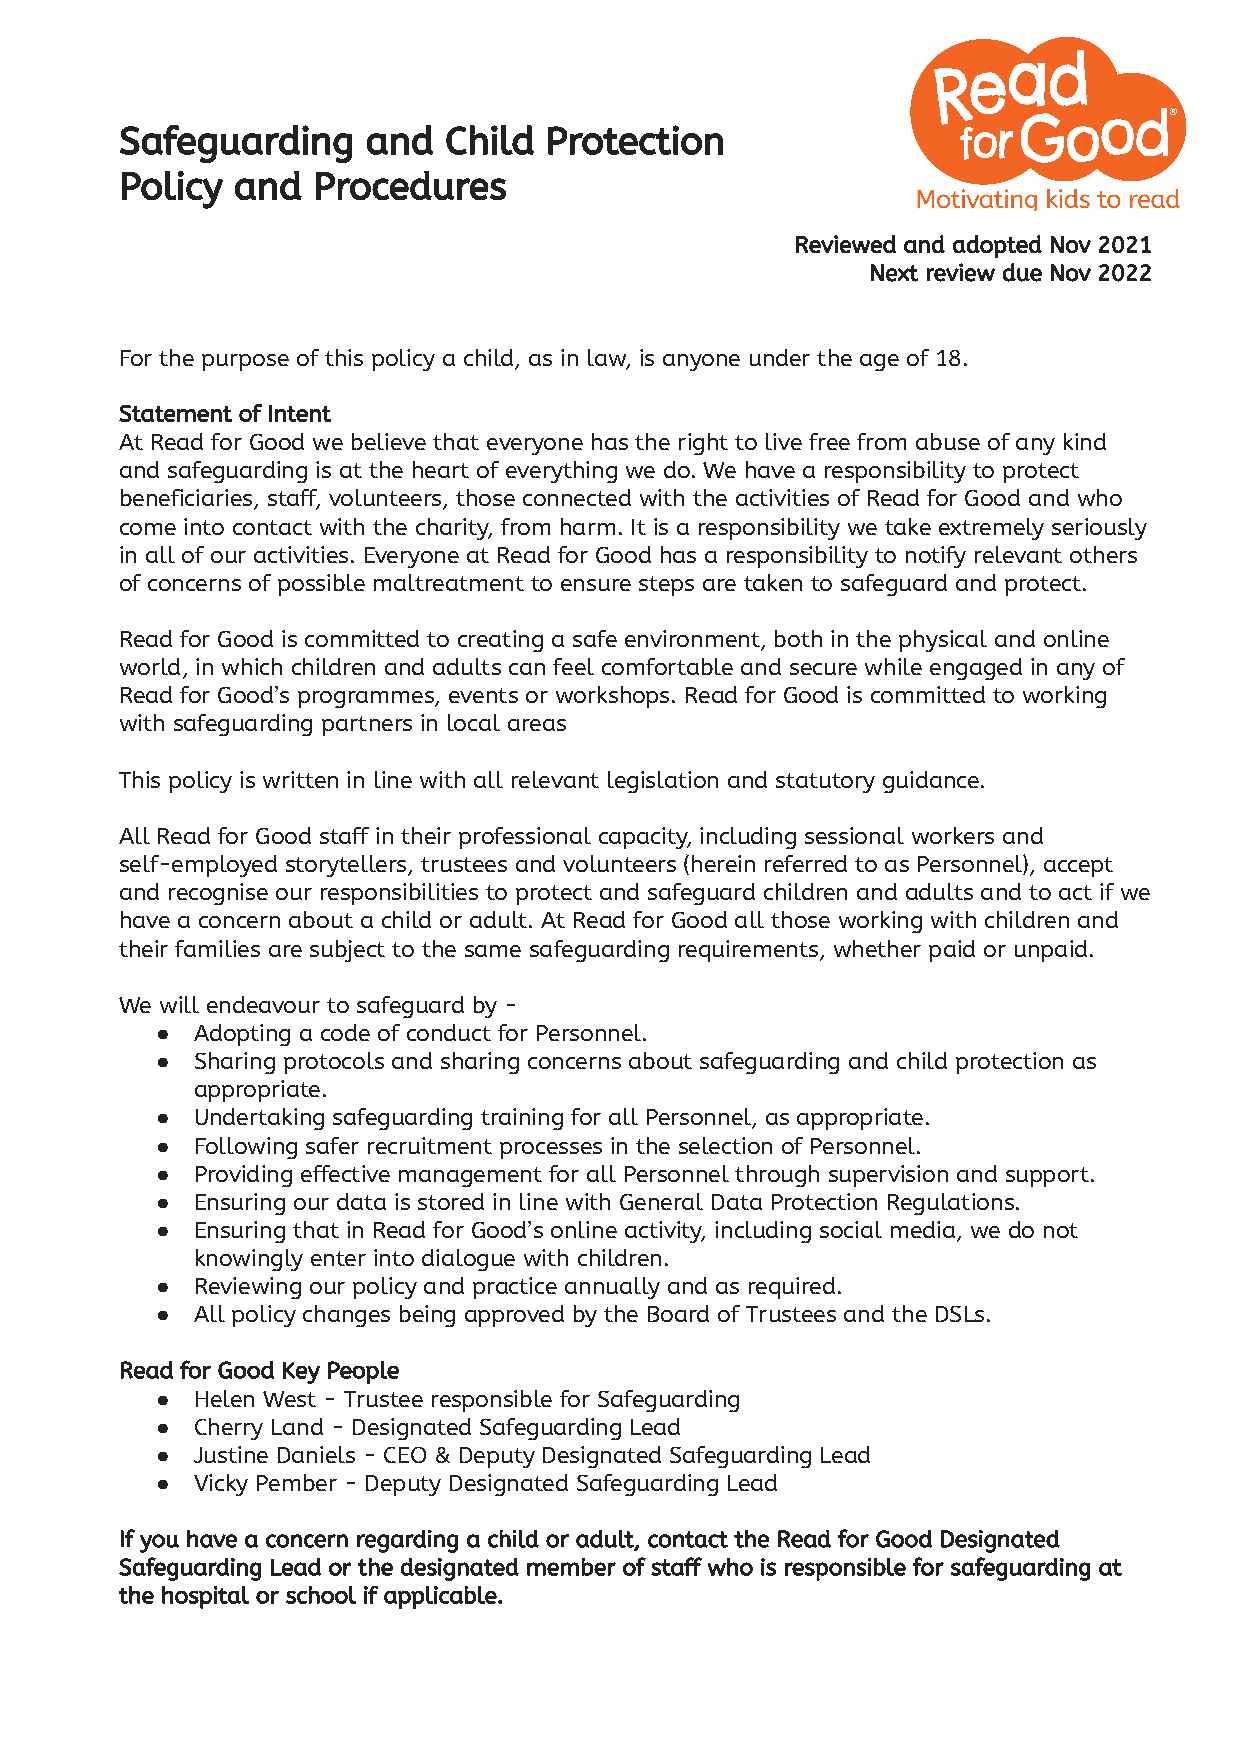
Safeguarding    and  Child  Protection
 Policy and   Procedures
 Reviewed and adopted Nov 2021
 Next review due Nov 2022
 For the purpose of this policy a child, as in law, is anyone under the age of 18.
 Statement of Intent
 At Read for Good we believe that everyone has the right to live free from abuse of any kind
 and safeguarding is at the heart of everything we do. We have a responsibility to protect
 beneficiaries, staff, volunteers, those connected with the activities of Read for Good and who
 come into contact with the charity, from harm. It is a responsibility we take extremely seriously
 in all of our activities. Everyone at Read for Good has a responsibility to notify relevant others
 of concerns of possible maltreatment to ensure steps are taken to safeguard and protect.
 Read for Good is committed to creating a safe environment, both in the physical and online
 world, in which children and adults can feel comfortable and secure while engaged in any of
 Read for Good’s programmes, events or workshops. Read for Good is committed to working
 with safeguarding partners in local areas
 This policy is written in line with all relevant legislation and statutory guidance.
 All Read for Good staff in their professional capacity, including sessional workers and
 self-employed storytellers, trustees and volunteers (herein referred to as Personnel), accept
 and recognise our responsibilities to protect and safeguard children and adults and to act if we
 have a concern about a child or adult. At Read for Good all those working with children and
 their families are subject to the same safeguarding requirements, whether paid or unpaid.
 We will endeavour to safeguard by -
 ●  Adopting a code of conduct for Personnel.
 ●  Sharing protocols and sharing concerns about safeguarding and child protection as
 appropriate.
 ●  Undertaking safeguarding training for all Personnel, as appropriate.
 ●  Following safer recruitment processes in the selection of Personnel.
 ●  Providing effective management for all Personnel through supervision and support.
 ●  Ensuring our data is stored in line with General Data Protection Regulations.
 ●  Ensuring that in Read for Good’s online activity, including social media, we do not
 knowingly enter into dialogue with children.
 ●  Reviewing our policy and practice annually and as required.
 ●  All policy changes being approved by the Board of Trustees and the DSLs.
 Read for Good Key People
 ●  Helen West - Trustee responsible for Safeguarding
 ●  Cherry Land - Designated Safeguarding Lead
 ●  Justine Daniels - CEO & Deputy Designated Safeguarding Lead
 ●  Vicky Pember - Deputy Designated Safeguarding Lead
 If you have a concern regarding a child or adult, contact the Read for Good Designated
 Safeguarding Lead or the designated member of staff who is responsible for safeguarding at
 the hospital or school if applicable.